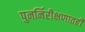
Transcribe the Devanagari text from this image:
पुनर्निरीक्षणातही